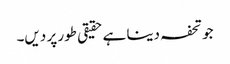
جو تحفہ دینا ہے حقیقی طور پر دیں۔